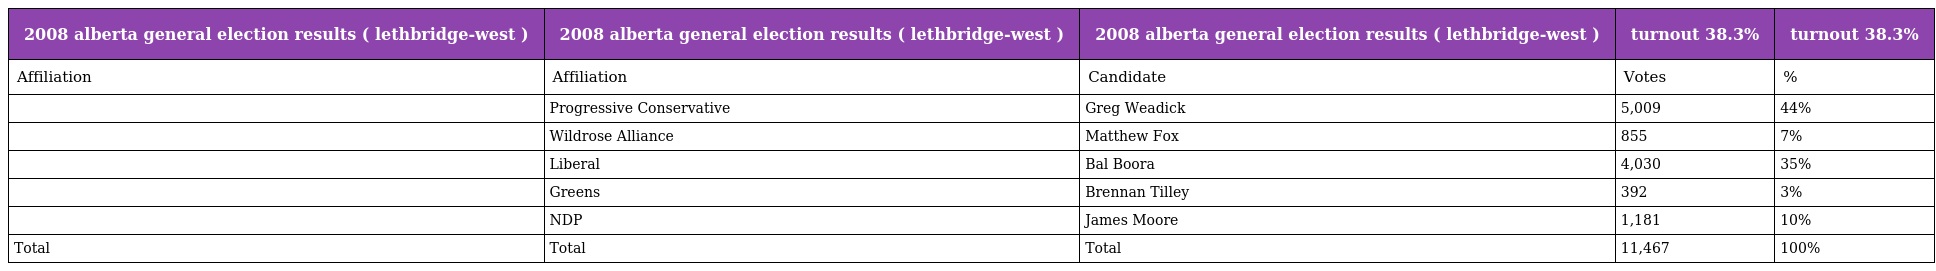
| 2008 alberta general election results ( lethbridge-west ) | 2008 alberta general election results ( lethbridge-west ) | 2008 alberta general election results ( lethbridge-west ) | turnout 38.3% | turnout 38.3% |
 | --- | --- | --- | --- | --- |
 | Affiliation | Affiliation | Candidate | Votes | % |
 |  | Progressive Conservative | Greg Weadick | 5,009 | 44% |
 |  | Wildrose Alliance | Matthew Fox | 855 | 7% |
 |  | Liberal | Bal Boora | 4,030 | 35% |
 |  | Greens | Brennan Tilley | 392 | 3% |
 |  | NDP | James Moore | 1,181 | 10% |
 | Total | Total | Total | 11,467 | 100% |